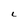
Character: L